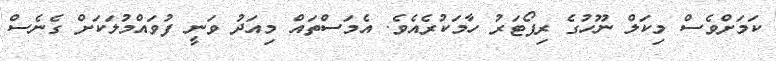
ކަމަށްވެސް މިކަލް ނޫހުގެ ރިޕޯޓަރު ހާމަކުރެއެވެ. އެމަސްތައް މިއަދު ވަނީ ފުވައްމުލަކަށް ގެނެސް